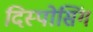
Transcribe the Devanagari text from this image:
दिस्पोसिंग